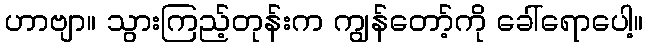
ဟာဗျာ။ သွားကြည့်တုန်းက ကျွန်တော့်ကို ခေါ်ရောပေါ့။